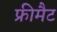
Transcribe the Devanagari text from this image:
फ्रीमैट